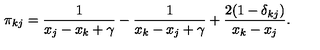
\pi _ { k j } = \frac { 1 } { x _ { j } - x _ { k } + \gamma } - \frac { 1 } { x _ { k } - x _ { j } + \gamma } + \frac { 2 ( 1 - \delta _ { k j } ) } { x _ { k } - x _ { j } } .